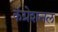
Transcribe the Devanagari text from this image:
कंग्रेशनल